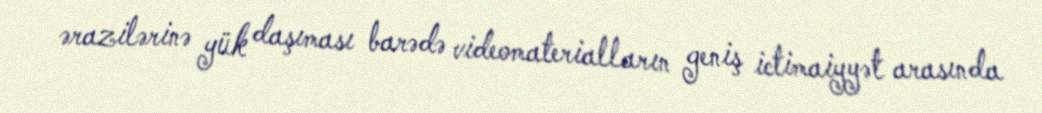
ərazilərinə yük daşıması barədə videomaterialların geniş ictimaiyyət arasında